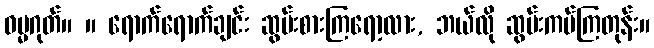
ဓမ္မဂုတ်။ ။ ရောက်ရောက်ချင်း ဆွမ်းစားကြရော့လား, ဘယ်လို ဆွမ်းကပ်ကြတုန်း။